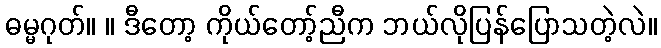
ဓမ္မဂုတ်။ ။ ဒီတော့ ကိုယ်တော့်ညီက ဘယ်လိုပြန်ပြောသတဲ့လဲ။